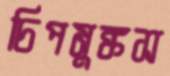
চিপমুঙ্কস